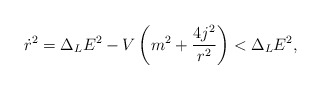
\begin{align*}\dot{r}^{2}=\Delta_{L}E^{2}-V\left( m^{2}+\frac{4j^{2}}{r^{2}}\right)<\Delta_{L}E^{2},\end{align*}